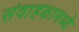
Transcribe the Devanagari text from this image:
संवाहकामध्ये